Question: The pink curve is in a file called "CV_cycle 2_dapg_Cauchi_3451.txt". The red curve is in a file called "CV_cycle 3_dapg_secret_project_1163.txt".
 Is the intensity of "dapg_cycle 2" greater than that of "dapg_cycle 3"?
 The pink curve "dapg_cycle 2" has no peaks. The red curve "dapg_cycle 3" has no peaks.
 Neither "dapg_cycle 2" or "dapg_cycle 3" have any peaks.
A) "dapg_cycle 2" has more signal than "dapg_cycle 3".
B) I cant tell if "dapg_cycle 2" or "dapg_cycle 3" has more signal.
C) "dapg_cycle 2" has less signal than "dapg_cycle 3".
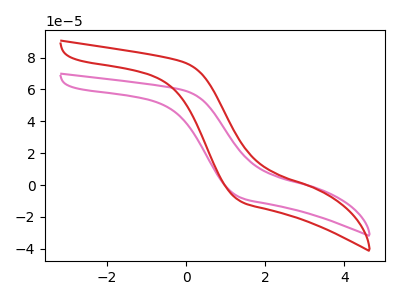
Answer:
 <answer>B) I cant tell if "dapg_cycle 2" or "dapg_cycle 3" has more signal.</answer>
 <eval>B</eval>